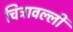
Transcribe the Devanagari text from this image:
चित्रावल्ली